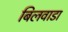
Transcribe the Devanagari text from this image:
बिलवाडा